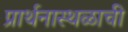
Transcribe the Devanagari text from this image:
प्रार्थनास्थळाची